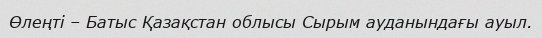
Өлеңті – Батыс Қазақстан облысы Сырым ауданындағы ауыл.